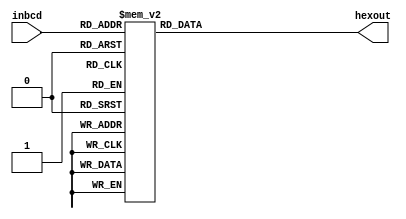
module bcd2hex(inbcd, hexout); //binary decimal to HEX output
	input [4:0] inbcd;
	output reg [6:0] hexout;
	
	//active low
	always @(*) begin
		case(inbcd)
			5'b00000 : hexout = 7'b1000000; // 0
			5'b00001 : hexout = 7'b1111001; // 1
			5'b00010 : hexout = 7'b0100100; // 2
			5'b00011 : hexout = 7'b0110000; // 3
			5'b00100 : hexout = 7'b0011001; // 4
			5'b00101 : hexout = 7'b0010010; // 5
			5'b00110 : hexout = 7'b0000010; // 6
			5'b00111 : hexout = 7'b1111000; // 7
			5'b01000 : hexout = 7'b0000000; // 8
			5'b01001 : hexout = 7'b0011000; // 9
			5'b01010 : hexout = 7'b0001000; // A
			5'b01011 : hexout = 7'b0000011; // b
			5'b01100 : hexout = 7'b1000110; // c
			5'b01101 : hexout = 7'b0100001; // d
			5'b01110 : hexout = 7'b0000110; // e
			5'b01111 : hexout = 7'b0001110; // f
			5'b10000 : hexout = 7'b0001100; // p
			5'b10001 : hexout = 7'b0001001; // h
			5'b10010 : hexout = 7'b1100011; // u
			5'b10011 : hexout = 7'b1000111; // l
			5'b10100 : hexout = 7'b1100011; // n
			default : hexout = 7'b1111111; // blank, need to add letters a, b, c, d, e
		endcase
	end
	
endmodule